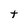
Character: t